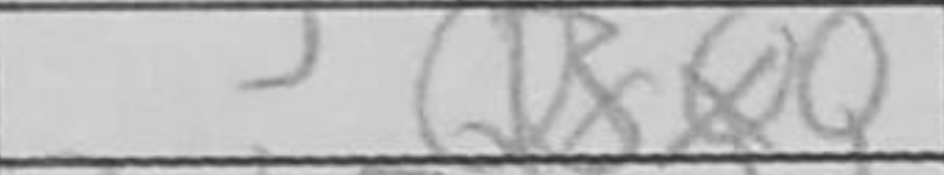
Transcription: Bxe7